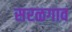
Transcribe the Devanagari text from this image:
सरळगाव